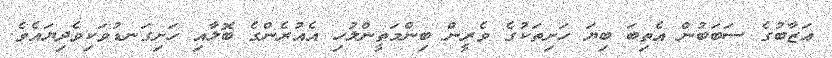
ޢަޒާބުގެ ސަބަބުން އެތިބަ ބިޔަ ހަށިތަކުގެ ވެރީން ބިންމަތީންލުހި އެއުރެންގެ ބޮލާއި ހަށިގަނޑުވަކިވެދިޔައެވެ.